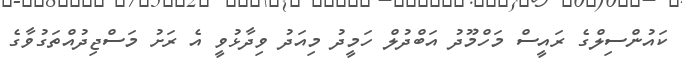
ކައުންސިލްގެ ރައީސް މަހްމޫދު އަބްދުލް ހަމީދު މިއަދު ވިދާޅުވީ އެ ރަށު މަސްޖިދުއްތަގުވާގެ